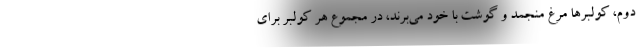
دوم، كولبرها مرغ منجمد و گوشت با خود مي‌برند، در مجموع هر كولبر براي